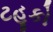
ટહૂકો